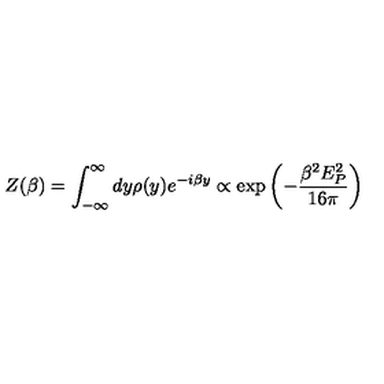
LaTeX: Z ( \beta ) = \int _ { - \infty } ^ { \infty } d y \rho ( y ) e ^ { - i \beta y } \propto \exp \left( - { \frac { \beta ^ { 2 } E _ { P } ^ { 2 } } { 1 6 \pi } } \right)